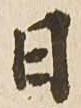
日